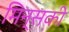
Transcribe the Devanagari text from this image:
मिन्सकी